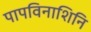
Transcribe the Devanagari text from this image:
पापविनाशिनि